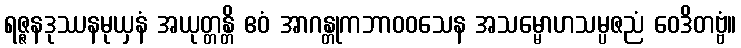
ရဇ္ဇနဒုဿနမုယှနံ အယုတ္တန္တိ ဧဝံ အာဂန္တုကဘာဝဝသေန အသမ္မောဟသမ္ပဇညံ ဝေဒိတဗ္ဗံ။